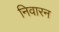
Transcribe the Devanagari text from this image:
निवारन